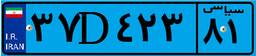
۶۲D۷۹۵۶۱